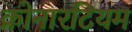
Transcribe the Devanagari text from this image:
क्रोनारटियम